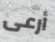
أرعى